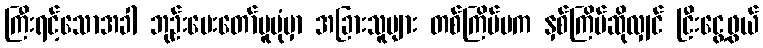
ကြီးရင့်သောအခါ ဘုဉ်းပေးတော်မူပုံမှာ အခြားသူများ တစ်ကြိမ်မက နှစ်ကြိမ်ဆိုလျှင် ငြီးငွေ့ဖွယ်